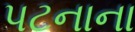
પટનાના